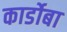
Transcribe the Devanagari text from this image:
कार्डोबा